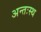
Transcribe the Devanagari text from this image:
अन्तःस्थ